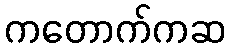
ကတောက်ကဆ